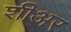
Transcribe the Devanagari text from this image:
शीअर